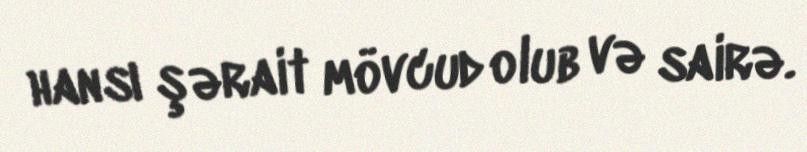
hansı şərait mövcud olub və sairə.